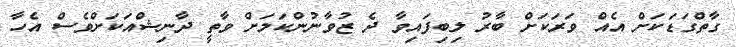
ގާތްގަޑަކަށް އެއް ވަރަކަށް ބާރު ލިބިފައިވާ ދެ ޒުވާނުންކަމަށް ވާތީ ދާނިޝްއަކަށްވެސް އެހާ